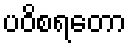
ပဝိစရတော